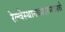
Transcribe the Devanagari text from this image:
रेल्वेस्थानकादरम्यानचे